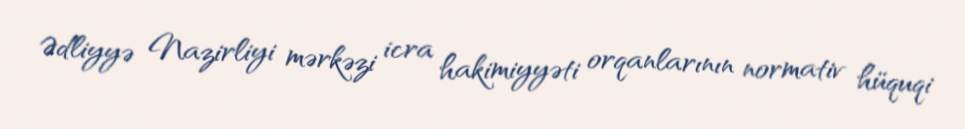
Ədliyyə Nazirliyi mərkəzi icra hakimiyyəti orqanlarının normativ hüquqi